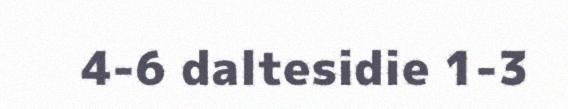
4-6 daltesidie 1-3